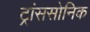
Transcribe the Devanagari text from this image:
ट्रांससोनिक